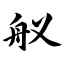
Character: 舣